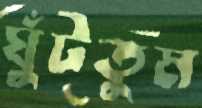
ঘুঁটতুম